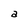
Character: a